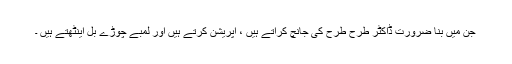
جن میں بنا ضرورت ڈاکٹر طرح طرح کی جانچ کراتے ہیں ، آپریشن کرتے ہیں اور لمبے چوڑے بل اینٹھتے ہیں ۔